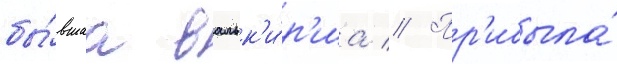
бы́вшаа вальк'и́р'иа // Пр'ибыла́